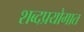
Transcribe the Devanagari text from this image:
शब्दप्रयोगात